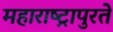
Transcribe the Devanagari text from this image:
महाराष्ट्रापुरते